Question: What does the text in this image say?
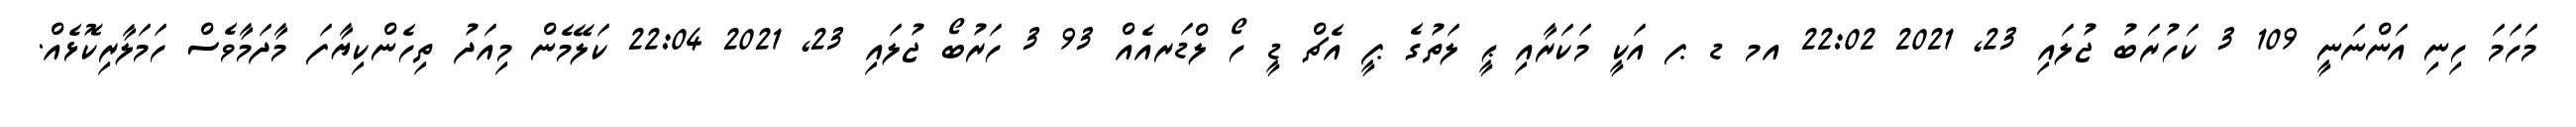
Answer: މަހަމަ ހިނި އަންނަނީ 109 3 ކަހުރަބު ޖުލައި 23, 2021 22:02 އމ ޑ ޕ އަކީ މަކަރާއި ޙީ ލަތުގެ ޕީ އެޗް ޑީ ހޯ ލްޑަރއެއް 93 3 ހަރުބޯ ޖުލައި 23, 2021 22:04 ކަލޭމެން މިއަދު ތިހެންކިޔާފަ މާދަމާވެސް ހަމަލާރިކޮޅެއް.